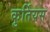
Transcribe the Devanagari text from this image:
कुर्तियस